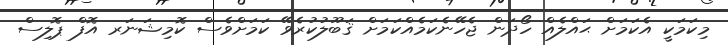
މިކަމަކީ އެކަމަށް ޙައްލެއް ހޯދަން ޖެހޭނެކަމެއްކަމަށް ޤަަބޫލުކުރެވޭ ކަމަށްވެސް ކޮމިޝަނަރ އޮފް ޕޮލިސް